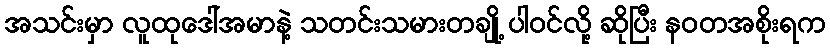
အသင်းမှာ လူထုဒေါ်အမာနဲ့ သတင်းသမားတချို့ ပါဝင်လို့ ဆိုပြီး နဝတအစိုးရက